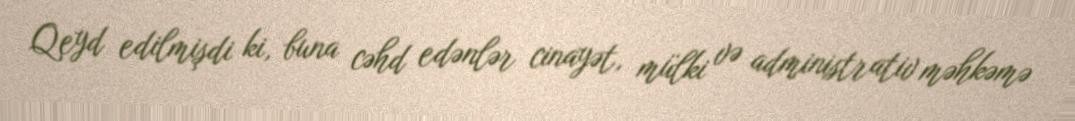
Qeyd edilmişdi ki, buna cəhd edənlər cinayət, mülki və administrativ məhkəmə